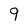
Character: 9